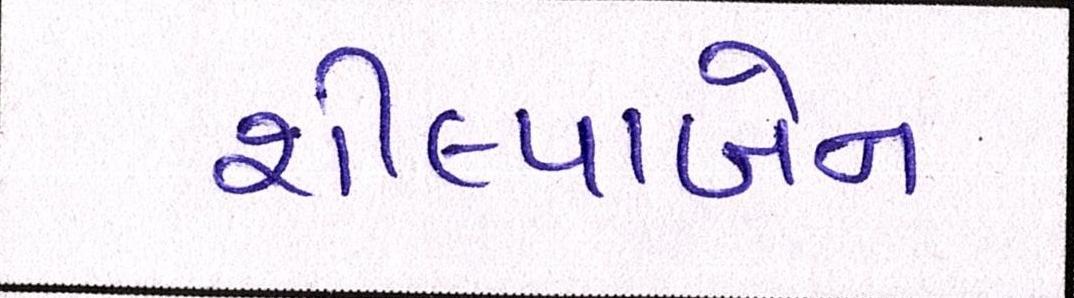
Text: શીલ્પાબેન